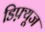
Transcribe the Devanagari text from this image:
डिफ़्यूज